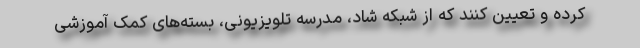
کرده و تعیین کنند که از شبکه شاد، مدرسه تلویزیونی، بسته‌های کمک آموزشی